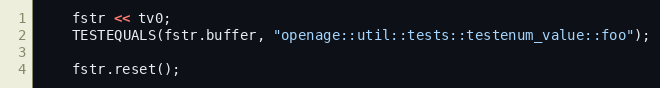
Language: C++
	fstr << tv0;
	TESTEQUALS(fstr.buffer, "openage::util::tests::testenum_value::foo");

	fstr.reset();